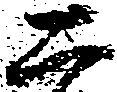
二